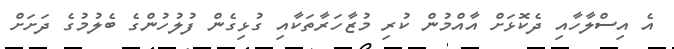
އެ އިސްލާހާއި ދެކޮޅަށް އާއްމުން ކުރި މުޒާހަރާތަކާއި ގުޅިގެން ފުލުހުންގެ ބެލުމުގެ ދަށަށް